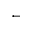
\leftarrow